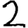
Digit: 2